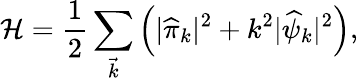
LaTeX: {\cal H}=\frac{1}{2}\sum_{\vec{k}}\left(|{\widehat\pi}_{k}|^{2}+k^{2}|{\widehat\psi}_{k}|^{2}\right),